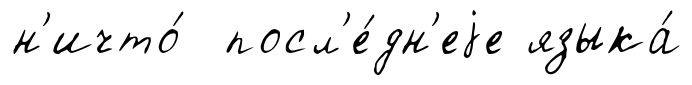
н'ичто́ посл'е́дн'еjе языка́